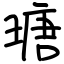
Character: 瑭